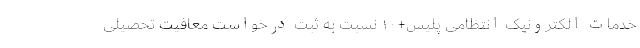
خدمات الکترونیک انتظامی پلیس+۱۰ نسبت به ثبت درخواست معافیت تحصیلی